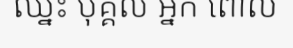
ឈ្នះ បុគ្គល អ្នក ពោល